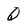
Character: Q